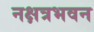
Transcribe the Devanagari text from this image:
नक्षत्रभवन